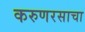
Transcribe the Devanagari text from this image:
करुणरसाचा